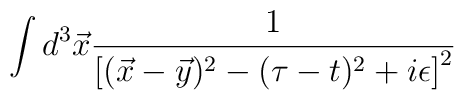
\int d^3\vec{x} {1 \over \left[(\vec{x} - \vec{y})^2 - (\tau - t)^2 +i\epsilon \right]^2}